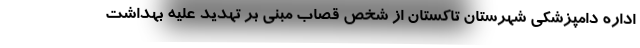
اداره دامپزشکی شهرستان تاکستان از شخص قصاب مبنی بر تهدید علیه بهداشت